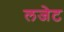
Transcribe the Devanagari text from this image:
लजेट